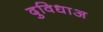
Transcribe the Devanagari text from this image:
दुविधाअ